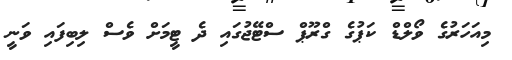
މިއަހަރުގެ ވޯލްޑް ކަޕުގެ ގްރޫޕް ސްޓޭޖުގައި ދެ ޓީމަށް ވެސް ލިބިފައި ވަނީ